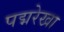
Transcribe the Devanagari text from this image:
पद्मरेखा